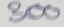
800